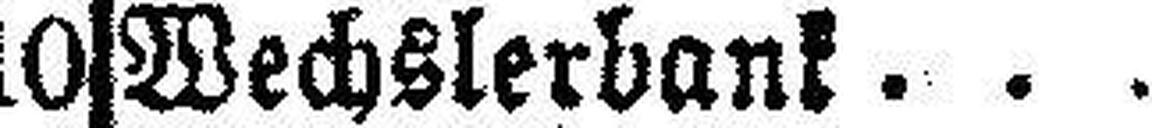
Wechslerbank